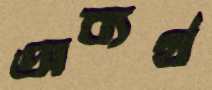
অব্যর্থ